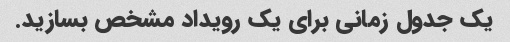
یک جدول زمانی برای یک رویداد مشخص بسازید.